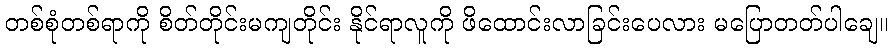
တစ်စုံတစ်ရာကို စိတ်တိုင်းမကျတိုင်း နိုင်ရာလူကို ဖိထောင်းလာခြင်းပေလား မပြောတတ်ပါချေ။